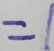
= 1